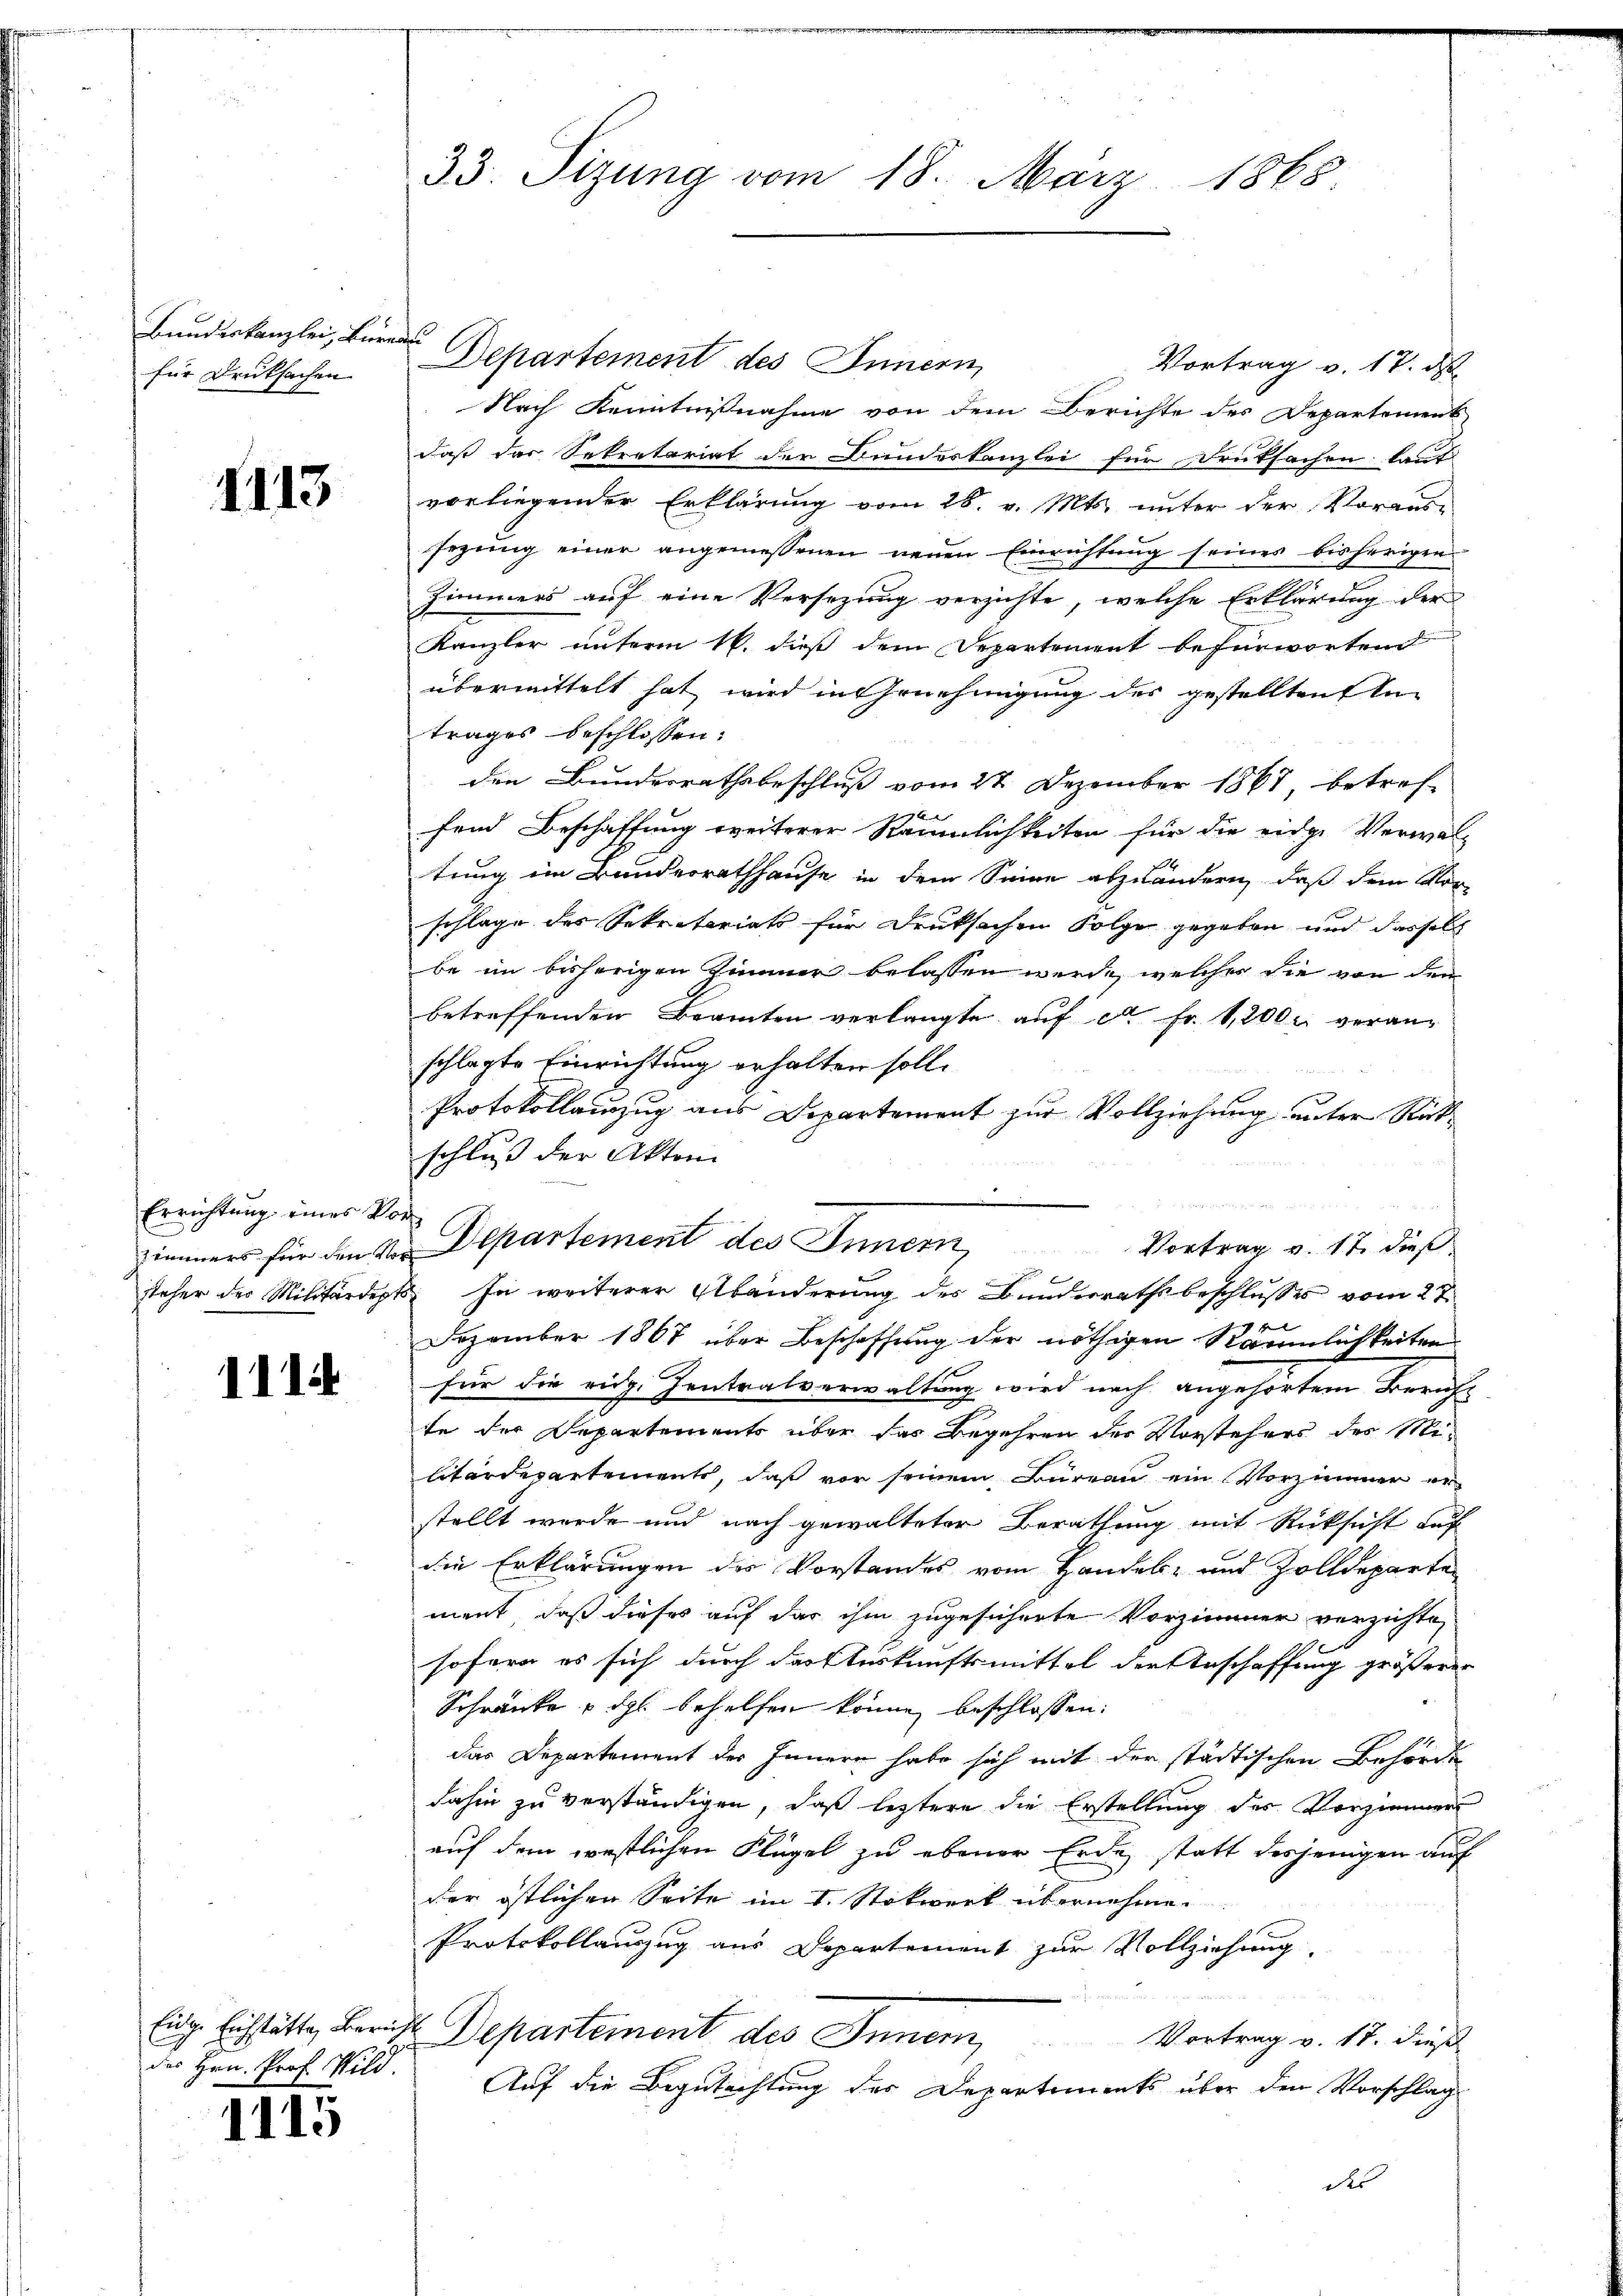
für Drucksachen

1113

Errichtung eines Vor¬

1114

des Hrn. Prof. Wild.

1115

33. Sizung vom 18. März 1865.

Bauderkanzlei Departement des Innern,
Vortrag v. 17. d
Nach Kenntnißnahme von dem Berichte des Departement
daß das Sekretariat der Bundeskanzlei für Deutsachen lauf
vorliegender Erklärung vom 28. v. Mts. unter der Voraus-
sezung einer angemessenen neuen Einrichtung seines bisherigen
Zimmers auf eine Versezung verzichte, welche Erklärung der
Kanzler unterm 16. dieß dem Departement befürwortend
übermittelt hat wird in Genehmigung des gestellten ei
trages beschlossen:
den Bunderrathsbeschluß vom 27 Dezember 1867 betreffend Beschaffung weiterer Räumlichkeiten für die eidge Verwal-
tung im Bunderrathhause in dem Sinne abzuändern, daß dem Vor-
schlage des Sekretariats für Druksachen Folge gegeben und dasselb
be im bisherigen Zimmer belassen werde, welches die von den
betreffenden Beamten verlangte auf ca Fr. 1200 veranschlagte Einrichtung erhalten soll.
Protokollauszug aus Departement zur Vollziehung unter Rückschluß der Akten
zimmers für den von Departement des Innern,
Vortrag v. 17. dies
steher des Militärdept. In weiterer Abänderung des Bunderrathsbeschlusses vom 27.
 het
Dezember 1867 über Beschaffung der nöthigen Räumlichkeiten
für die eidg. Zentralverwaltung wird nach angehörtem Bericht
te der Departements über das Begehren der Vorstehers des Militärdepartements, daß vor seinem Büreau ein Vorzimmer er-
stellt wurde und nach gewalteter Berathung mit Rücksicht Lauf
die Erklärungen des Vorstandes vom Handels- und Zolldeparten
ment, daß dieses auf das ihm zugesicherte Vorzimmer verzichte,
sofern es sich durch das Auskunftsmittel der Anschaffung größerer
Schränke u. dgl. behelfen könne, beschlossen:
das Departement des Innern habe sich mit der städtischen Behörde
dahin zu verständigen, daß letztere die Erstellung des Vorzimmer
auf dem westlichen Flügel zu ebener Erde statt derjenigen auf
der östlichen Seite im I. Stokwerk übernehme.
Protokollauszug aus Departement zur Vollziehung
Eig. Eichstätte, Bericht Departement des Inner,
Vortrag v. 17. dieß
Auf die Begutachtung des Departements über den Vorschlag
des